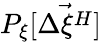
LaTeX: P_{\xi}[\vec{\Delta\xi^{H}}]